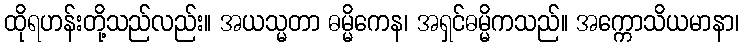
ထိုရဟန်းတို့သည်လည်း။ အယသ္မတာ ဓမ္မိကေန၊ အရှင်ဓမ္မိကသည်။ အက္ကောသိယမာနာ၊